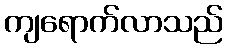
ကျရောက်လာသည်